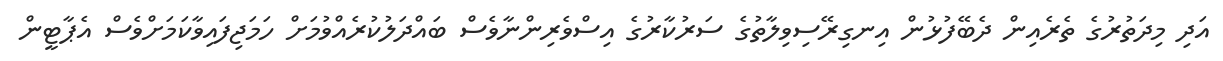
އަދި މިދަތުރުގެ ތެރެއިން ދެބޭފުޅުން އިނގިރޭސިވިލާތުގެ ސަރުކާރުގެ އިސްވެރިންނާވެސް ބައްދަލުކުރެއްވުމަށް ހަމަޖިފައިވާކަމަށްވެސް އެޕާޓީން